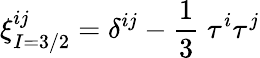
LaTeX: \xi_{I=3/2}^{ij}=\delta^{ij}-\frac{1}{3}\; \tau^{i}\tau^{j}